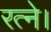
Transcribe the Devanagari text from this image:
रत्ने।